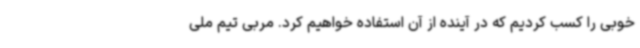
خوبی را کسب کردیم که در آینده از آن استفاده خواهیم کرد. مربی تیم ملی